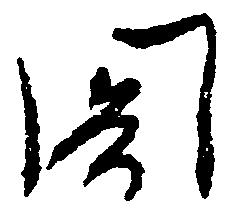
閣